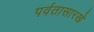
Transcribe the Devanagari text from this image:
पर्वतासारखे